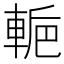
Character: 𨌌